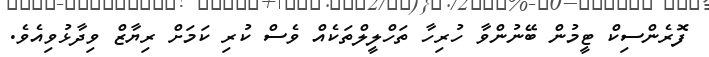
ފޮރެންސިކް ޓީމުން ބޭނުންވާ ހުރިހާ ތަހްލީލްތަކެއް ވެސް ކުރި ކަމަށް ރިޔާޒް ވިދާޅުވިއެވެ.